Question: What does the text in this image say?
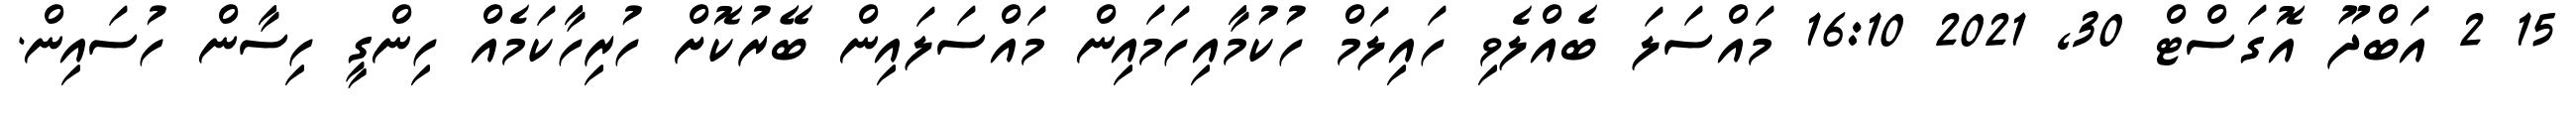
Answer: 15 2 އަބްދޫ އޮގަސްޓް 30, 2021 16:10 މައްސަލަ ބެއްލެވި ހައިލަމް ހުކުމާއިހަމައިން މައްސަލައިން ބޭރުކޮށް ހުރިހާކަމެއް ހިންގީ ހިސާން ހުސައިން.